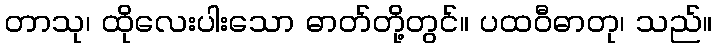
တာသု၊ ထိုလေးပါးသော ဓာတ်တို့တွင်။ ပထဝီဓာတု၊ သည်။